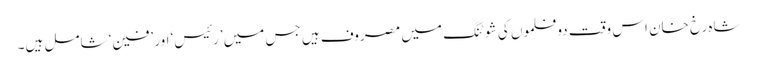
شاہ رخ خان اس وقت دو فلموں کی شوٹنگ میں مصروف ہیں جس میں ’رئیس‘ اور ’فین‘ شامل ہیں۔